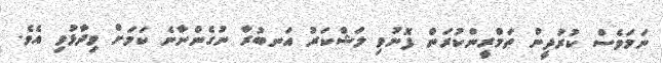
ނަމަވެސް ކުރުދީން ތަމްރީންކުރަން ފޮނުވި ލަޝްކަރު އަނބުރާ ނުގެންނާނެ ކަމަށް ވިދާޅުވި އެވެ.